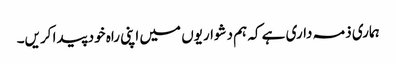
ہماری ذمہ داری ہے کہ ہم دشواریوں میں اپنی راہ خود پیدا کریں۔